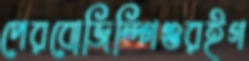
পেরবোজিন্দ্‌গিগুরইগ